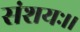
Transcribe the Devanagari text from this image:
संशयः।।